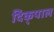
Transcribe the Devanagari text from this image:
दिक्‌पाल